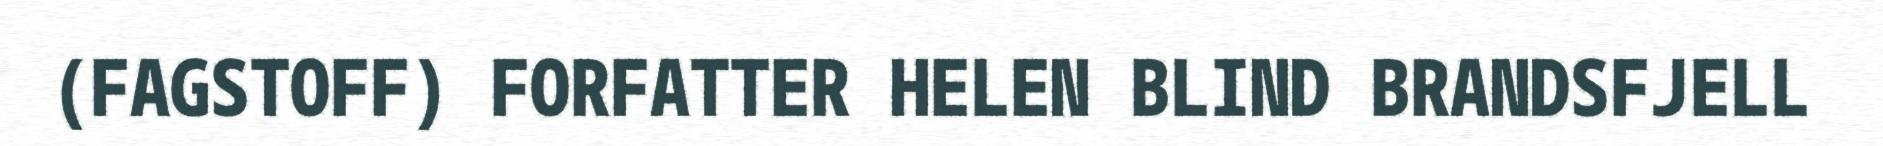
(FAGSTOFF) FORFATTER HELEN BLIND BRANDSFJELL